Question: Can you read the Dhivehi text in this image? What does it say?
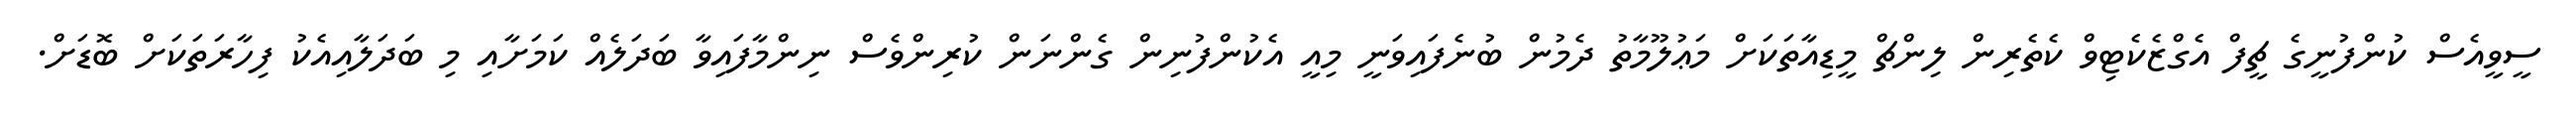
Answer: ސީވީއެސް ކުންފުނީގެ ޗީފް އެގްޒެކެޓިވް ކެތެރިން ލިންޗް މީޑިއާތަކަށް މަޢުލޫމާތު ދެމުން ބުނެފައިވަނީ މިއީ އެކުންފުނިން ގެންނަން ކުރިންވެސް ނިންމާފައިވާ ބަދަލެއް ކަމަށާއި މި ބަދަލާއިއެކު ފިހާރަތަކަށް ބޮޑަށް.